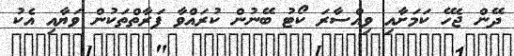
ދޭން ޖެހޭ ކަމަށާއި ވިއްސާރަ ކޯޓު ބޭނުން ކުރައްވާ ފަރާތްތަކުން ވަޔާއި އެކު